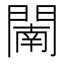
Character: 𨵴